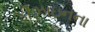
ડીઝાઇનના